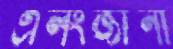
এলংজানী